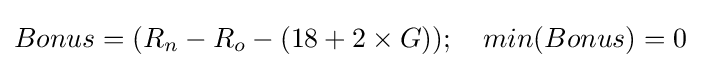
Bonus=(R_{n}-R_{o}-(18+2\times G));\ \ \ min(Bonus)=0